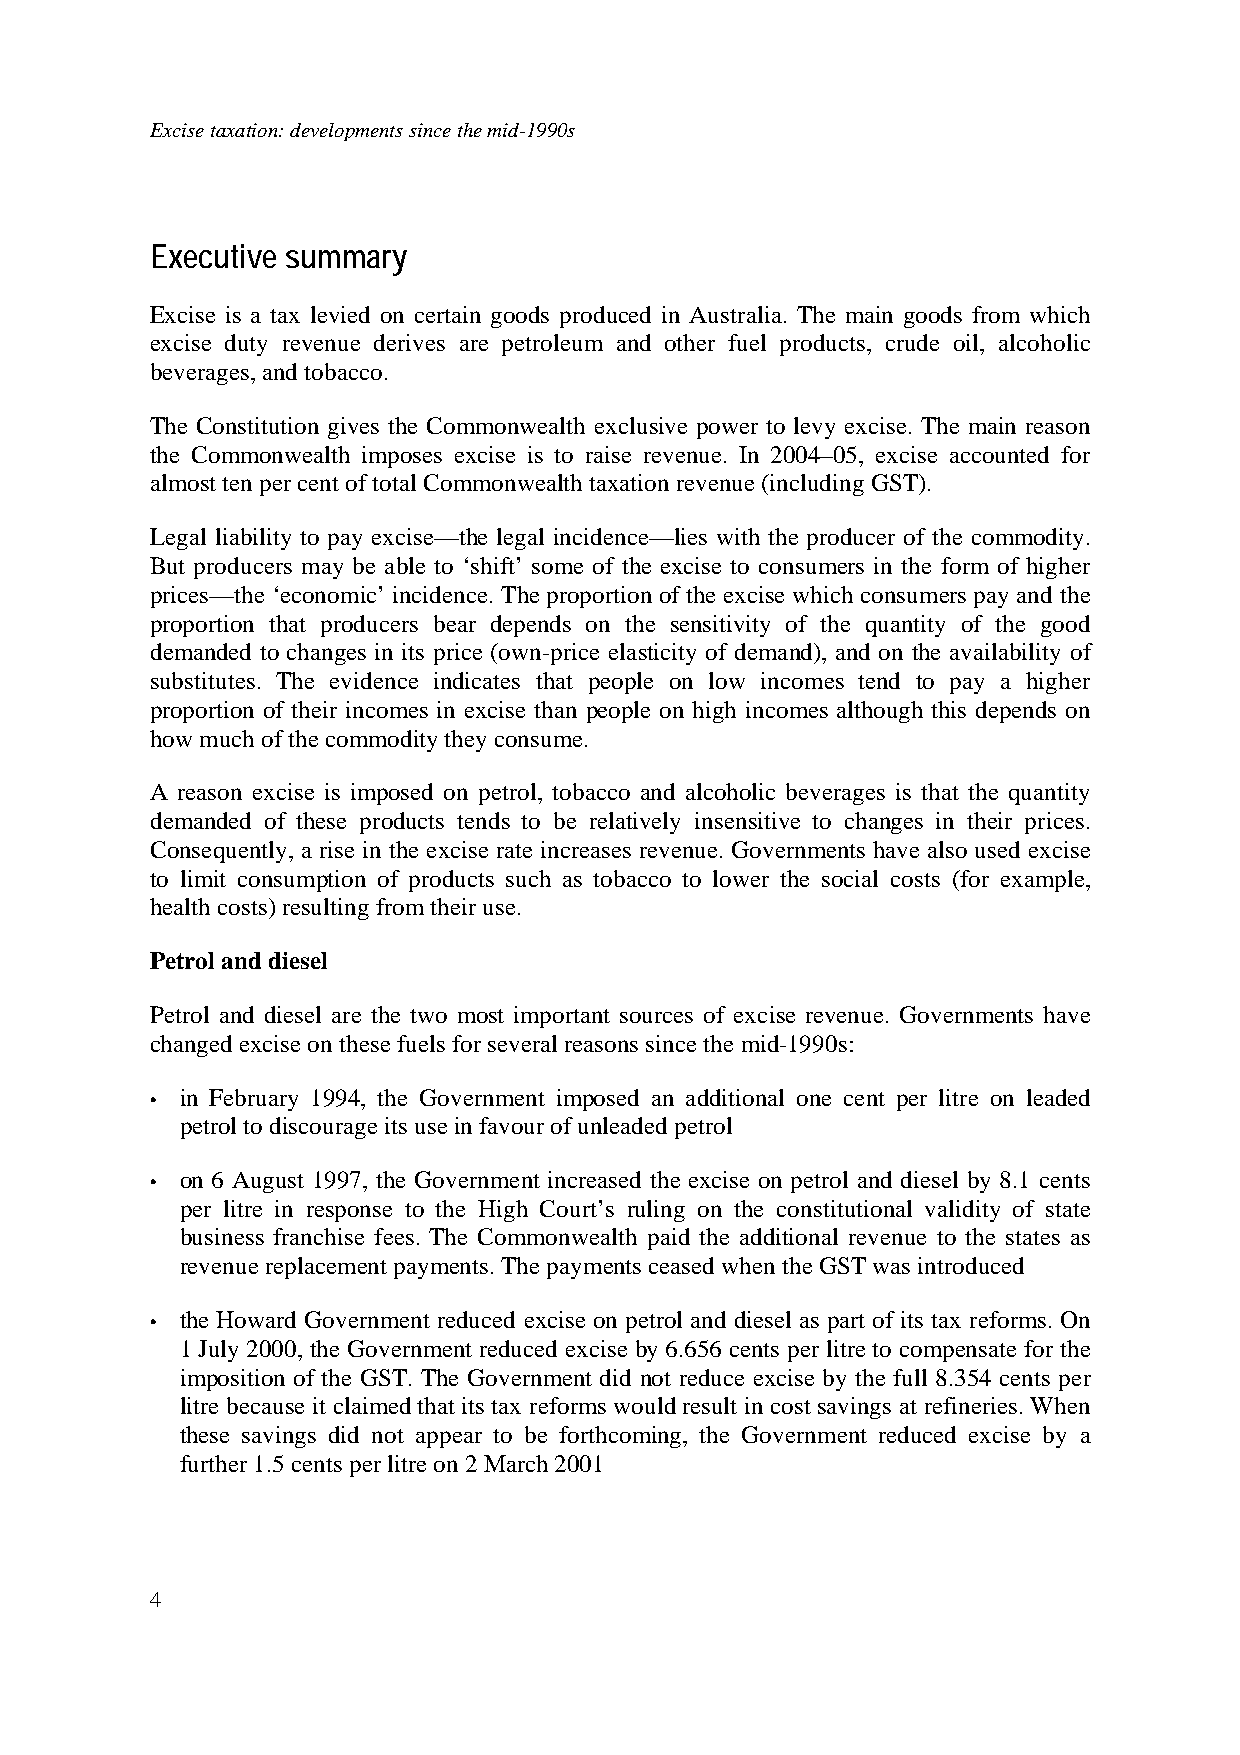
Excise taxation: developments since the mid-1990s
 Executive summary
 Excise is a tax levied on certain goods produced in Australia. The main goods from which
 excise duty revenue derives are petroleum and other fuel products, crude oil, alcoholic
 beverages, and tobacco.
 The Constitution gives the Commonwealth exclusive power to levy excise. The main reason
 the Commonwealth imposes excise is to raise revenue. In 2004–05, excise accounted for
 almost ten per cent of total Commonwealth taxation revenue (including GST).
 Legal liability to pay excise—the legal incidence—lies with the producer of the commodity.
 But producers may be able to ‘shift’ some of the excise to consumers in the form of higher
 prices—the ‘economic’ incidence. The proportion of the excise which consumers pay and the
 proportion that producers bear depends on the sensitivity of the quantity of the good
 demanded to changes in its price (own-price elasticity of demand), and on the availability of
 substitutes. The evidence indicates that people on low incomes tend to pay a higher
 proportion of their incomes in excise than people on high incomes although this depends on
 how much of the commodity they consume.
 A reason excise is imposed on petrol, tobacco and alcoholic beverages is that the quantity
 demanded of these products tends to be relatively insensitive to changes in their prices.
 Consequently, a rise in the excise rate increases revenue. Governments have also used excise
 to limit consumption of products such as tobacco to lower the social costs (for example,
 health costs) resulting from their use.
 Petrol and diesel
 Petrol and diesel are the two most important sources of excise revenue. Governments have
 changed excise on these fuels for several reasons since the mid-1990s:
 • in February 1994, the Government imposed an additional one cent per litre on leaded
 petrol to discourage its use in favour of unleaded petrol
 • on 6 August 1997, the Government increased the excise on petrol and diesel by 8.1 cents
 per litre in response to the High Court’s ruling on the constitutional validity of state
 business franchise fees. The Commonwealth paid the additional revenue to the states as
 revenue replacement payments. The payments ceased when the GST was introduced
 • the Howard Government reduced excise on petrol and diesel as part of its tax reforms. On
 1 July 2000, the Government reduced excise by 6.656 cents per litre to compensate for the
 imposition of the GST. The Government did not reduce excise by the full 8.354 cents per
 litre because it claimed that its tax reforms would result in cost savings at refineries. When
 these savings did not appear to be forthcoming, the Government reduced excise by a
 further 1.5 cents per litre on 2 March 2001
 4